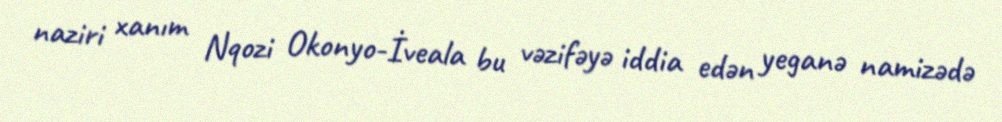
naziri xanım Nqozi Okonyo-İveala bu vəzifəyə iddia edən yeganə namizədə